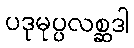
ပဒုမုပ္ပလစ္ဆဒါ